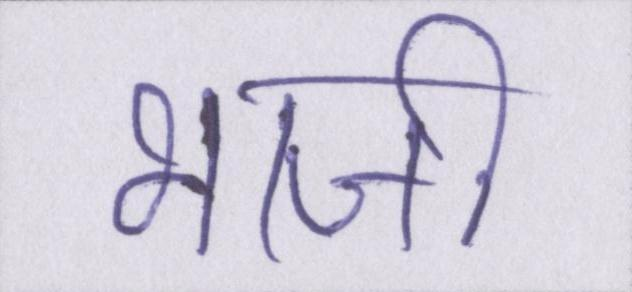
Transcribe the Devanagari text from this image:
भाजी